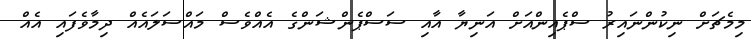
މިމެޗަށް ނިކުންނައިރު ސްޕެއިންއަށް އަނިޔާ އާއި ސަސްޕެންޝަންގެ އެއްވެސް މައްސަލައެއް ދިމާވެފައި އެއް